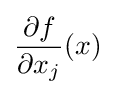
{\frac {\partial f}{\partial x_{j}}}(x)